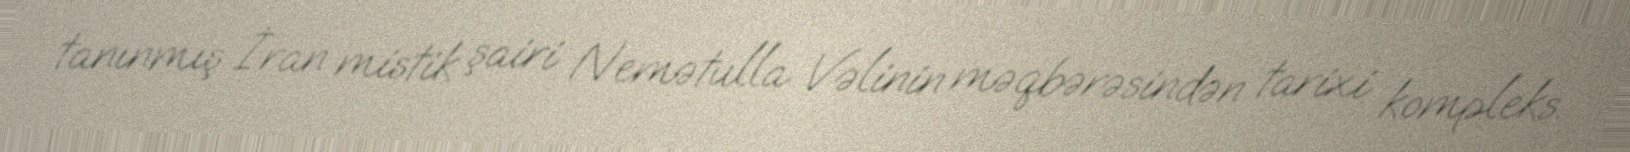
tanınmış İran mistik şairi Nemətulla Vəlinin məqbərəsindən tarixi kompleks.